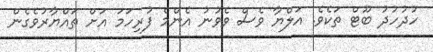
ހުދުހުދު ބޫޓް ތަކެވެ. އަލްޔާ ވެސް ވެވުނު އެންމެ ފުރިހަމަ އަށް ތައްޔާރުވެގެން